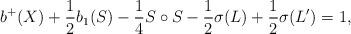
LaTeX: \begin{align*} b^+(X) + \frac{1}{2} b_1(S) -\frac{1}{4} S \circ S - \frac{1}{2} \sigma (L) + \frac{1}{2} \sigma (L')=1,\end{align*}